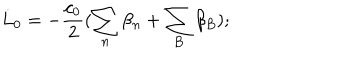
LaTeX: \dot { L } _ { 0 } = - \frac { c _ { 0 } } { 2 } ( \sum _ { n } \beta _ { n } + \sum _ { B } \beta _ { B } ) ;